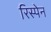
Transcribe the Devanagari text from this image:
रिस्पेन